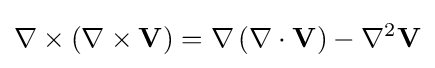
\nabla \times \left(\nabla \times \mathbf {V} \right)=\nabla \left(\nabla \cdot \mathbf {V} \right)-\nabla ^{2}\mathbf {V}